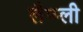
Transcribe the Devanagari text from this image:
लैप्प्ली